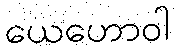
ယေဟောဝါ